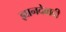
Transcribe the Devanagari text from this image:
ज्ञानदेवादी